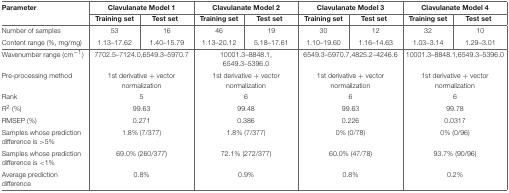
| Parameter | <COLSPAN=2> Clavulanate Model 1 | <COLSPAN=2> Clavulanate Model 2 | <COLSPAN=2> Clavulanate Model 3 | <COLSPAN=2> Clavulanate Model 4 |
 |  | Training set | Test set | Training set | Test set | Training set | Test set | Training set | Test set |
 | --- | --- | --- | --- | --- | --- | --- | --- | --- |
 | Number of samples | 53 | 16 | 46 | 19 | 30 | 12 | 32 | 10 |
 | Content range (%, mg/mg) | 1.13–17.62 | 1.40–15.79 | 1.13–20.12 | 5.18–17.61 | 1.10–19.60 | 1.16–14.63 | 1.03–3.14 | 1.29–3.01 |
 | Wavenumber range (cm−1) | <COLSPAN=2> 7702.5–7124.0,6549.3–5970.7 | <COLSPAN=2> 10001.3–8848.1, 6549.3–5396.0 | <COLSPAN=2> 6549.3–5970.7,4825.2–4246.6 | <COLSPAN=2> 10001.3–8848.1,6549.3–5396.0 |
 | Pre-processing method | <COLSPAN=2> 1st derivative + vector normalization | <COLSPAN=2> 1st derivative + vector normalization | <COLSPAN=2> 1st derivative + vector normalization | <COLSPAN=2> 1st derivative + vector normalization |
 | Rank | <COLSPAN=2> 5 | <COLSPAN=2> 6 | <COLSPAN=2> 6 | <COLSPAN=2> 6 |
 | R2 (%) | <COLSPAN=2> 99.63 | <COLSPAN=2> 99.48 | <COLSPAN=2> 99.63 | <COLSPAN=2> 99.78 |
 | RMSEP (%) | <COLSPAN=2> 0.271 | <COLSPAN=2> 0.386 | <COLSPAN=2> 0.226 | <COLSPAN=2> 0.0317 |
 | Samples whose prediction difference is >5% | <COLSPAN=2> 1.8% (7/377) | <COLSPAN=2> 1.8% (7/377) | <COLSPAN=2> 0% (0/78) | <COLSPAN=2> 0% (0/96) |
 | Samples whose prediction difference is <1% | <COLSPAN=2> 69.0% (260/377) | <COLSPAN=2> 72.1% (272/377) | <COLSPAN=2> 60.0% (47/78) | <COLSPAN=2> 93.7% (90/96) |
 | Average prediction difference | <COLSPAN=2> 0.8% | <COLSPAN=2> 0.9% | <COLSPAN=2> 0.8% | <COLSPAN=2> 0.2% |